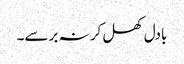
بادل کھل کر نہ برسے۔